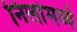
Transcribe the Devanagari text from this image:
निलांमध्ये